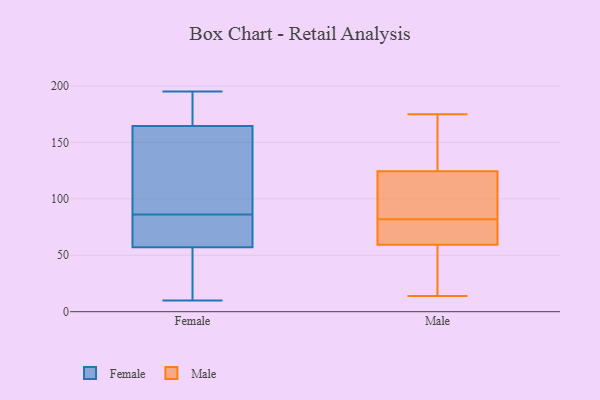
{"axis": {"x": "Gross Profit (USD K)", "y": "Value"}, "legend": ["Female", "Male"], "data": [{"x": "", "y": 71, "type": "Female"}, {"x": "", "y": 195, "type": "Female"}, {"x": "", "y": 111, "type": "Female"}, {"x": "", "y": 40, "type": "Female"}, {"x": "", "y": 73, "type": "Female"}, {"x": "", "y": 47, "type": "Female"}, {"x": "", "y": 85, "type": "Female"}, {"x": "", "y": 159, "type": "Female"}, {"x": "", "y": 72, "type": "Female"}, {"x": "", "y": 141, "type": "Female"}, {"x": "", "y": 14, "type": "Female"}, {"x": "", "y": 10, "type": "Female"}, {"x": "", "y": 184, "type": "Female"}, {"x": "", "y": 189, "type": "Female"}, {"x": "", "y": 47, "type": "Female"}, {"x": "", "y": 175, "type": "Female"}, {"x": "", "y": 87, "type": "Female"}, {"x": "", "y": 126, "type": "Female"}, {"x": "", "y": 170, "type": "Female"}, {"x": "", "y": 67, "type": "Female"}, {"x": "", "y": 71, "type": "Male"}, {"x": "", "y": 82, "type": "Male"}, {"x": "", "y": 84, "type": "Male"}, {"x": "", "y": 158, "type": "Male"}, {"x": "", "y": 132, "type": "Male"}, {"x": "", "y": 14, "type": "Male"}, {"x": "", "y": 75, "type": "Male"}, {"x": "", "y": 132, "type": "Male"}, {"x": "", "y": 122, "type": "Male"}, {"x": "", "y": 71, "type": "Male"}, {"x": "", "y": 120, "type": "Male"}, {"x": "", "y": 32, "type": "Male"}, {"x": "", "y": 46, "type": "Male"}, {"x": "", "y": 57, "type": "Male"}, {"x": "", "y": 109, "type": "Male"}, {"x": "", "y": 60, "type": "Male"}, {"x": "", "y": 175, "type": "Male"}]}